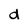
Character: d